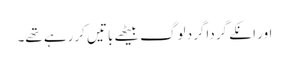
اور انکے گرداگرد لوگ بیٹھے باتیں کررہے تھے۔